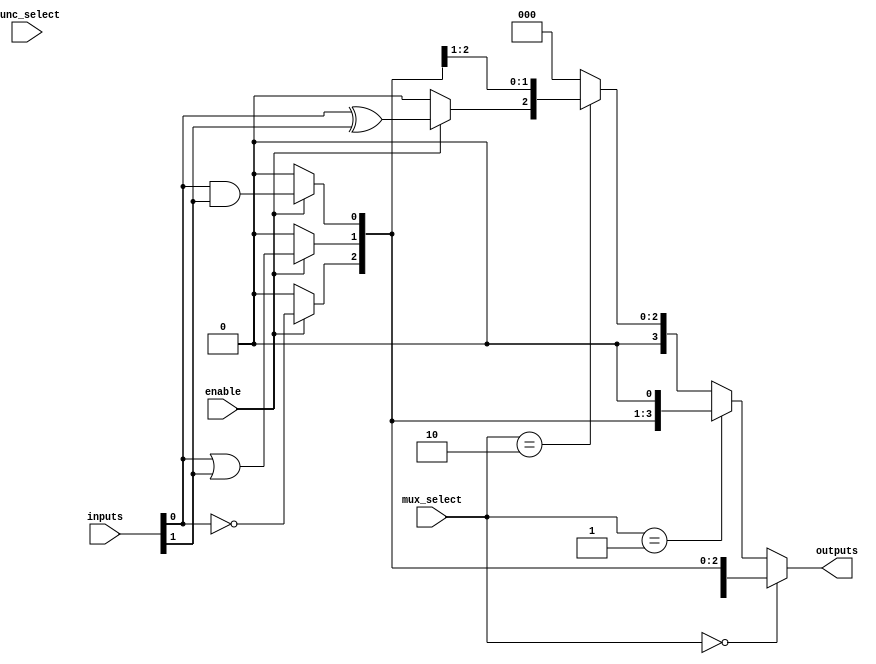
module CLB (
    input wire [3:0] inputs,           // Input ports (4 inputs for example)
    input wire [2:0] func_select,      // Function select for LFUs
    input wire [1:0] mux_select,       // MUX select for output routing
    input wire enable,                  // Enable signal
    output wire [3:0] outputs           // Output ports (4 outputs for example)
);

// Logic Function Units (LFUs)
wire [3:0] LFU_out;

assign LFU_out[0] = enable ? (inputs[0] & inputs[1]) : 1'b0; // AND operation
assign LFU_out[1] = enable ? (inputs[0] | inputs[1]) : 1'b0; // OR operation
assign LFU_out[2] = enable ? (~inputs[0]) : 1'b0;             // NOT operation
assign LFU_out[3] = enable ? (inputs[0] ^ inputs[1]) : 1'b0; // XOR operation

// MUX for output selection
wire [3:0] mux_out;

assign mux_out = (mux_select == 2'b00) ? LFU_out : // Select LFU output directly
                 (mux_select == 2'b01) ? {LFU_out[2:0], 1'b0} : // Shift left
                 (mux_select == 2'b10) ? {1'b0, LFU_out[3:1]} : // Shift right
                 4'b0000; // Default case

// Assign outputs based on selected MUX output
assign outputs = mux_out;

endmodule